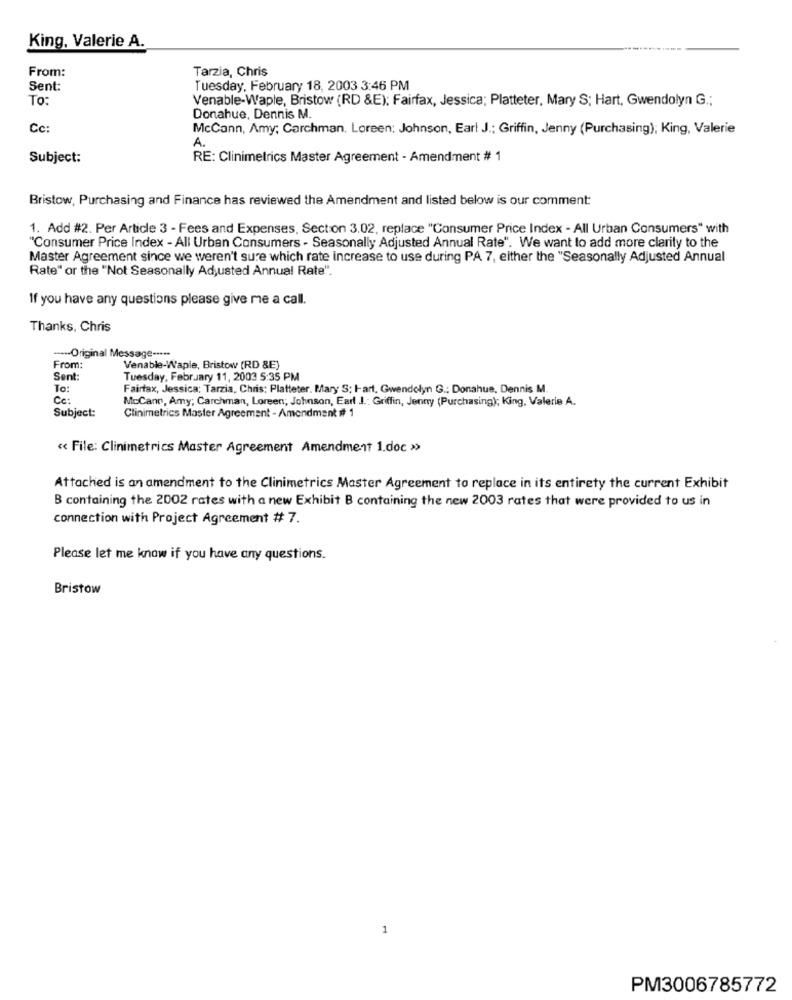
King, Valerie A.
From:
Tarzia, Chris
Sent:
Tuesday, February 18, 2003 3:46 PM
To:
Venable-Waple, Bristow (RD &E); Fairfax, Jessica; Platteter, Mary S; Hart, Gwendolyn G .;
Donahue, Dennis M.
Cc:
McCann, Amy; Carchman. Loreen: Johnson, Earl J .; Griffin, Jenny (Purchasing); King, Valerie
A.
Subject:
RE: Clinimetrics Master Agreement - Amendment # 1
Bristow, Purchasing and Finance has reviewed the Amendment and listed below is our comment:
1. Add #2. Per Article 3 - Fees and Expenses, Section 3.02. replace "Consumer Price Index - All Urban Consumers" with
"Consumer Price Index - All Urban Consumers - Seasonally Adjusted Annual Rate". We want to add more clarity to the
Master Agreement since we weren't sure which rate increase to use during PA 7, either the "Seasonally Adjusted Annual
Rate" or the "Not Seasonally Adjusted Annual Rate".
If you have any questions please give me a call.
Thanks, Chris
-Original Message -****
From:
Venable-Waple, Bristow (RD &E)
Sent:
Tuesday, February 11, 2003 5:35 PM
To:
Fairfax, Jessica: Tarzia, Chris: Platteter. Mary S: I-art, Gwendolyn G .; Donahue, Dennis M.
Ce:
Subject:
McCann, Amy; Carchman, Loreen; Johnson, Earl J .: Griffin, Jenny (Purchasing); King, Valerie A.
Clinimetrics Master Agreement - Amendment # 1
« File: Clinimetrics Master Agreement Amendment 1.doc »>
Attached is an amendment to the Clinimetrics Master Agreement to replace in its entirety the current Exhibit
B containing the 2002 rates with a new Exhibit B containing the new 2003 rates that were provided to us in
connection with Project Agreement # 7.
Please let me know if you have any questions.
Bristow
1
PM3006785772